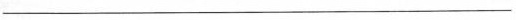
___